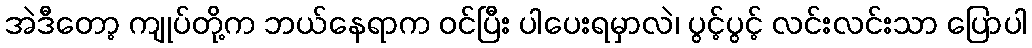
အဲဒီတော့ ကျုပ်တို့က ဘယ်နေရာက ဝင်ပြီး ပါပေးရမှာလဲ၊ ပွင့်ပွင့် လင်းလင်းသာ ပြောပါ